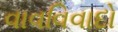
વાવવિવાદો